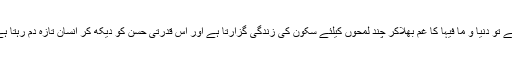
نفسا نفسی اور پریشانی کے اس دور میں انسان جب اس خوبصورت باغ کو دیکھنے کیلئے آتا ہے تو دنیا و ما فیہا کا غم بھلاکر چند لمحوں کیلئے سکون کی زندگی گزارتا ہے اور اس قدرتی حسن کو دیکھ کر انسان تازہ دم رہتا ہے جس سے وہ ذہنی اور جسمانی طور پر وہ صحت مند ہوکر محتلف بیماریوں سے بچ جاتا ہے۔